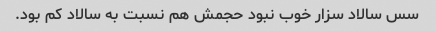
سس سالاد سزار خوب نبود حجمش هم نسبت به سالاد کم بود.